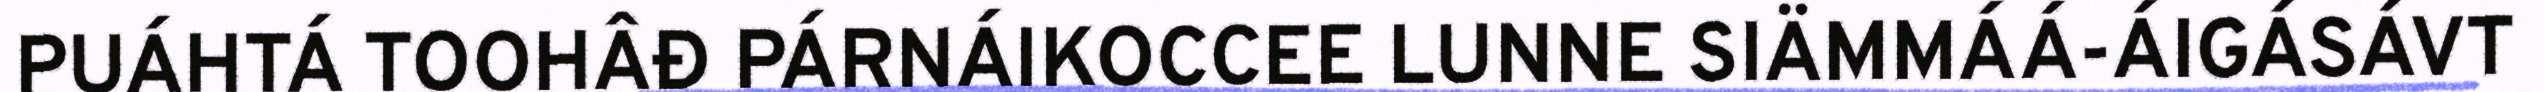
PUÁHTÁ TOOHÂĐ PÁRNÁIKOCCEE LUNNE SIÄMMÁÁ-ÁIGÁSÁVT